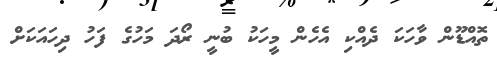
ތޮއްޑޫން ވާހަކަ ދެއްކި އެހެން މީހަކު ބުނީ ރޯދަ މަހުގެ ފަހު ދިހައަކަށް